Report of the King Institute of Preventive Medicine, Guindy
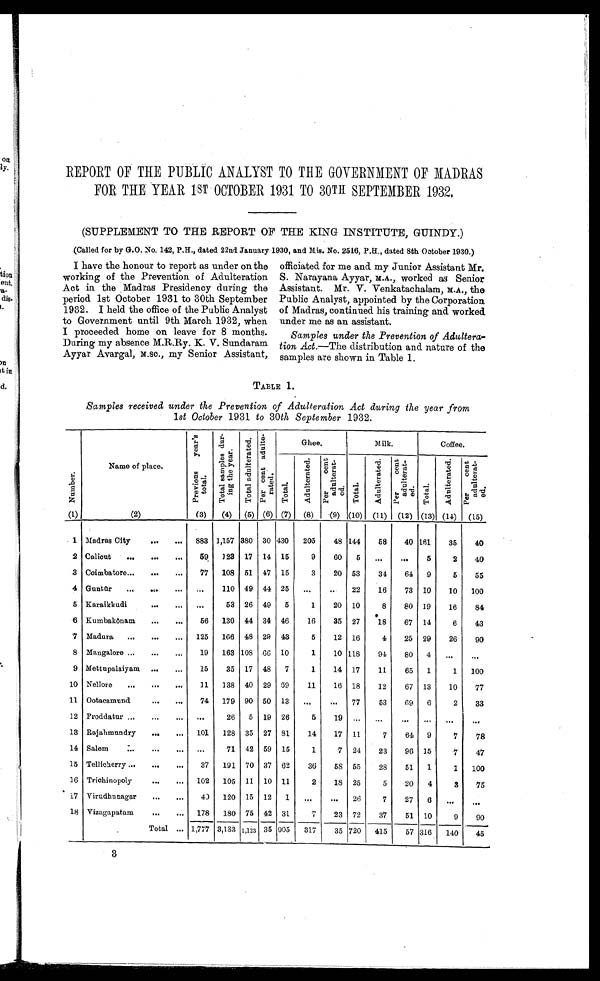
REPORT OF THE PUBLIC ANALYST TO THE GOVERNMENT OF MADRAS
FOR THE YEAR 1ST OCTOBER 1931 TO 30TH SEPTEMBER 1932.
(SUPPLEMENT TO THE REPORT OF THE KING INSTITUTE, GUINDY.)
(Called for by G.O. No. 142, P.H., dated 22nd January 1930, and Mis. No. 2516, P.H., dated 8th Ootober 1930.)
I have the honour to report as under on the
working of the Prevention of Adulteration
Act in the Madras Presidency during the
period 1st October 1931 to 30th September
1932. I held the office of the Public Analyst
to Government until 9th March 1932, when
I proceeded home on leave for 8 months.
During my absence M.R.Ry. K. V. Sundaram
Ayyar Avargal, M.Sc., my Senior Assistant,
officiated for me and my Junior Assistant Mr.
S. Narayana Ayyar, M.A., worked as Senior
Assistant. Mr. V. Venkatachalam, M.A., the
Public Analyst, appointed by the Corporation
of Madras, continued his training and worked.
under me as an assistant.
Samples under the Prevention of Adultera-
tion Act.—The distribution and nature of the
samples are shown in Table 1.
TABLE 1.
Samples received under the Prevention of Adulteration Act during the year from
1 st October 1931 to 30 th September 1932.
N u m b e r
Name of place.
P r e v i o u s y e a r ' s t o t a l .
T o t a l s a m p l e s d u r i n g t h e y e a r .
T o t a l a d u l t e r a t e d .
P e r c e n t a d u l t e r a t e d .
Ghee.
Milk.
Coffee.
T o t a l .
A d u l t e r a t e d .
P e r c e n t a d u l t e r a t e d .
T o t a l .
A d u l t e r a t e d .
Per cent Adul t er at ed.
T o t a l .
A d u l t e r a t e d .
P e r c e n t a d u l t e r a t e d .
(1)
(2)
(3)
(4)
(5)
(6)
(7)
(8)
(9)
(10)
(11)
(12)
(13) (14)
(15)
1
Madras City
. . .
883
1,157 380
30 430
205
48 144
58
40 161
35
40
2 Calicut . . .
59
123
17
14
15
9
60
5
. . .
. . .
5
2
40
3
Coimbatore . . .
77
108
51
47
15
3
20
53
34
64
9
5
55
4
G u n tū
r . . .
. . .
110
49
44
25
. . .
. . . 22
16
73
10
10
100
5
Karaikkudi . . .
. . .
53
26
49
5
1
20
10
8
80
19
16
84
6
Kumbakō nam . . .
56
130
44
34
46
16
35
27
18
67
14
6
43
7
Madura . . .
125
166
48
29
43
5
12
16
4
25
29
26
90
8
Mangalore . . .
19
163 108
6 6 10
1
10 118
94
80
4
. . .
. . .
9 Mettupalayam . . .
15
35
17
48
7
1
14
17
11
65
1
1
100
10
Nellore . . .
11
138
40
29
69
11
16
18
12
67
13
10
77
11 Ootacamund . . .
74
179
90
50
13
. . .
. . .
77
53
69
6
2
33
12
Proddatur . . .
. . .
26
5
19
26
5
1 9
. . .
. . .
. . .
. . .
. . .
. . .
13
Rajahmundry . . .
101
128
35
27
81
14
17
11
7
64
9
7
78
14
Salem . . .
. . .
71
42
59
15
1
7
24
23
96
15
7
47
15
Tellicherry . . .
37
191
70
37
62
36
58 55
28
51
1
1
100
16
Trichinopoly . . .
102
105
11
10
11
2
18
25
5
20
4
3
75
17
Virudhunagar . . .
40
120
15
12
1
. . .
. . .
26
7
27
6
. . .
. . .
18
Vizagapatam . . .
178
180
75
42
31
7
23
72
37
51
10
9
90
Total . . .
1,777
3,183 1,123 35 905
3 1 7
35 720
415
57 316
140
45
3